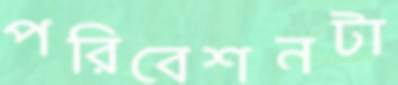
পরিবেশনটা